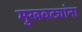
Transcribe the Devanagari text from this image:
मुखवट्यांना